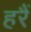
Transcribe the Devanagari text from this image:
हरैं